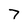
Character: 7